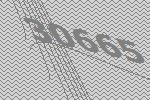
30665